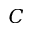
C